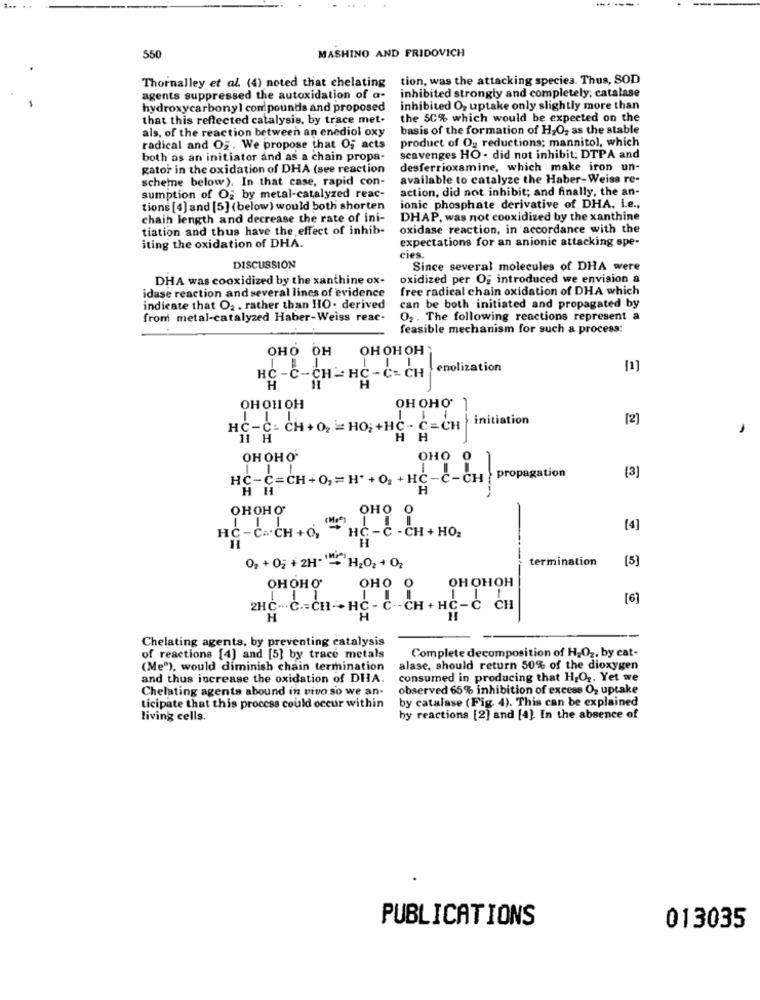
550
MASHINO AND FRIDOVICH
Thornalley et al. (4) noted that chelating
tion, was the attacking species. Thus, SOD
agents suppressed the autoxidation of a.
inhibited strongly and completely; catalase
hydroxycarbonyl compounds and proposed
inhibited O2 uptake only slightly more than
that this reflected catalysis, by trace met.
the 50% which would be expected on the
als, of the reaction between an enediol oxy
basis of the formation of H2O2 as the stable
product of Og reductions; mannitol, which
radical and Og. We propose that Of acts
both as an initiator and as a chain propa-
scavenges HO . did not inhibit; DTPA and
gator in the oxidation of DHA (see reaction
desferrioxamine, which make iron un-
scheme below). In that case, rapid con-
available to catalyze the Haber-Weiss re-
action, did not inhibit; and finally, the an-
sumption of Og by metal-catalyzed reac-
tions [4] and [5] (below) would both shorten
ionic phosphate derivative of DHA. Le .,
chain length and decrease the rate of ini-
DHAP, was not cooxidized by the xanthine
tiation and thus have the effect of inhib-
oxidase reaction, in accordance with the
expectations for an anionic attacking spe-
iting the oxidation of DHA.
cies.
DISCUSSION
Since several molecules of DHA were
DHA was cooxidized by the xanthine ox-
oxidized per Og introduced we envision a
idase reaction and several lines of evidence
free radical chain oxidation of DHA which
indicate that O2 . rather than HO. derived
can be both initiated and propagated by
from metal-catalyzed Haber-Weiss reac.
O2 . The following reactions represent a
feasible mechanism for such a process:
OHO OH
OH OH OH
enolization
[1]
HC -C-CH - HC-C-CH
H
H
11
OHOH OH
OH OHO'
HC-C - CH +02 = HO; +HC - C=CH } initiation
[2]
HH
OHOH O.
OHO
HC-C=CH+O, = H* +O2 + HC -C- CH , propagation
HH
H
OHOHO'
OHO
-
HC-C :· CH +0,
[4]
HC -C - CH + HO2
H
02 + 05 + 2H - H202 +02
termination
[5]
OH OHOH
OHOHO'
OHO O
1
1
[6]
2HC ... C .= CH -+ HC - C- - CH + HC -C CH
H
H
Chelating agents, by preventing catalysis
of reactions [4] and [5] by trace metals
Complete decomposition of H2O2, by cat-
(Me"), would diminish chain termination
alase, should return 50% of the dioxygen
and thus increase the oxidation of DHA.
consumed in producing that H2O2. Yet we
Chelating agents abound in vivo so we an-
observed 65% inhibition of excess Oz uptake
by catalase (Fig. 4). This can be explained
ticipate that this process could occur within
living cells.
by reactions [2] and [4]. In the absence of
PUBLICATIONS
013035